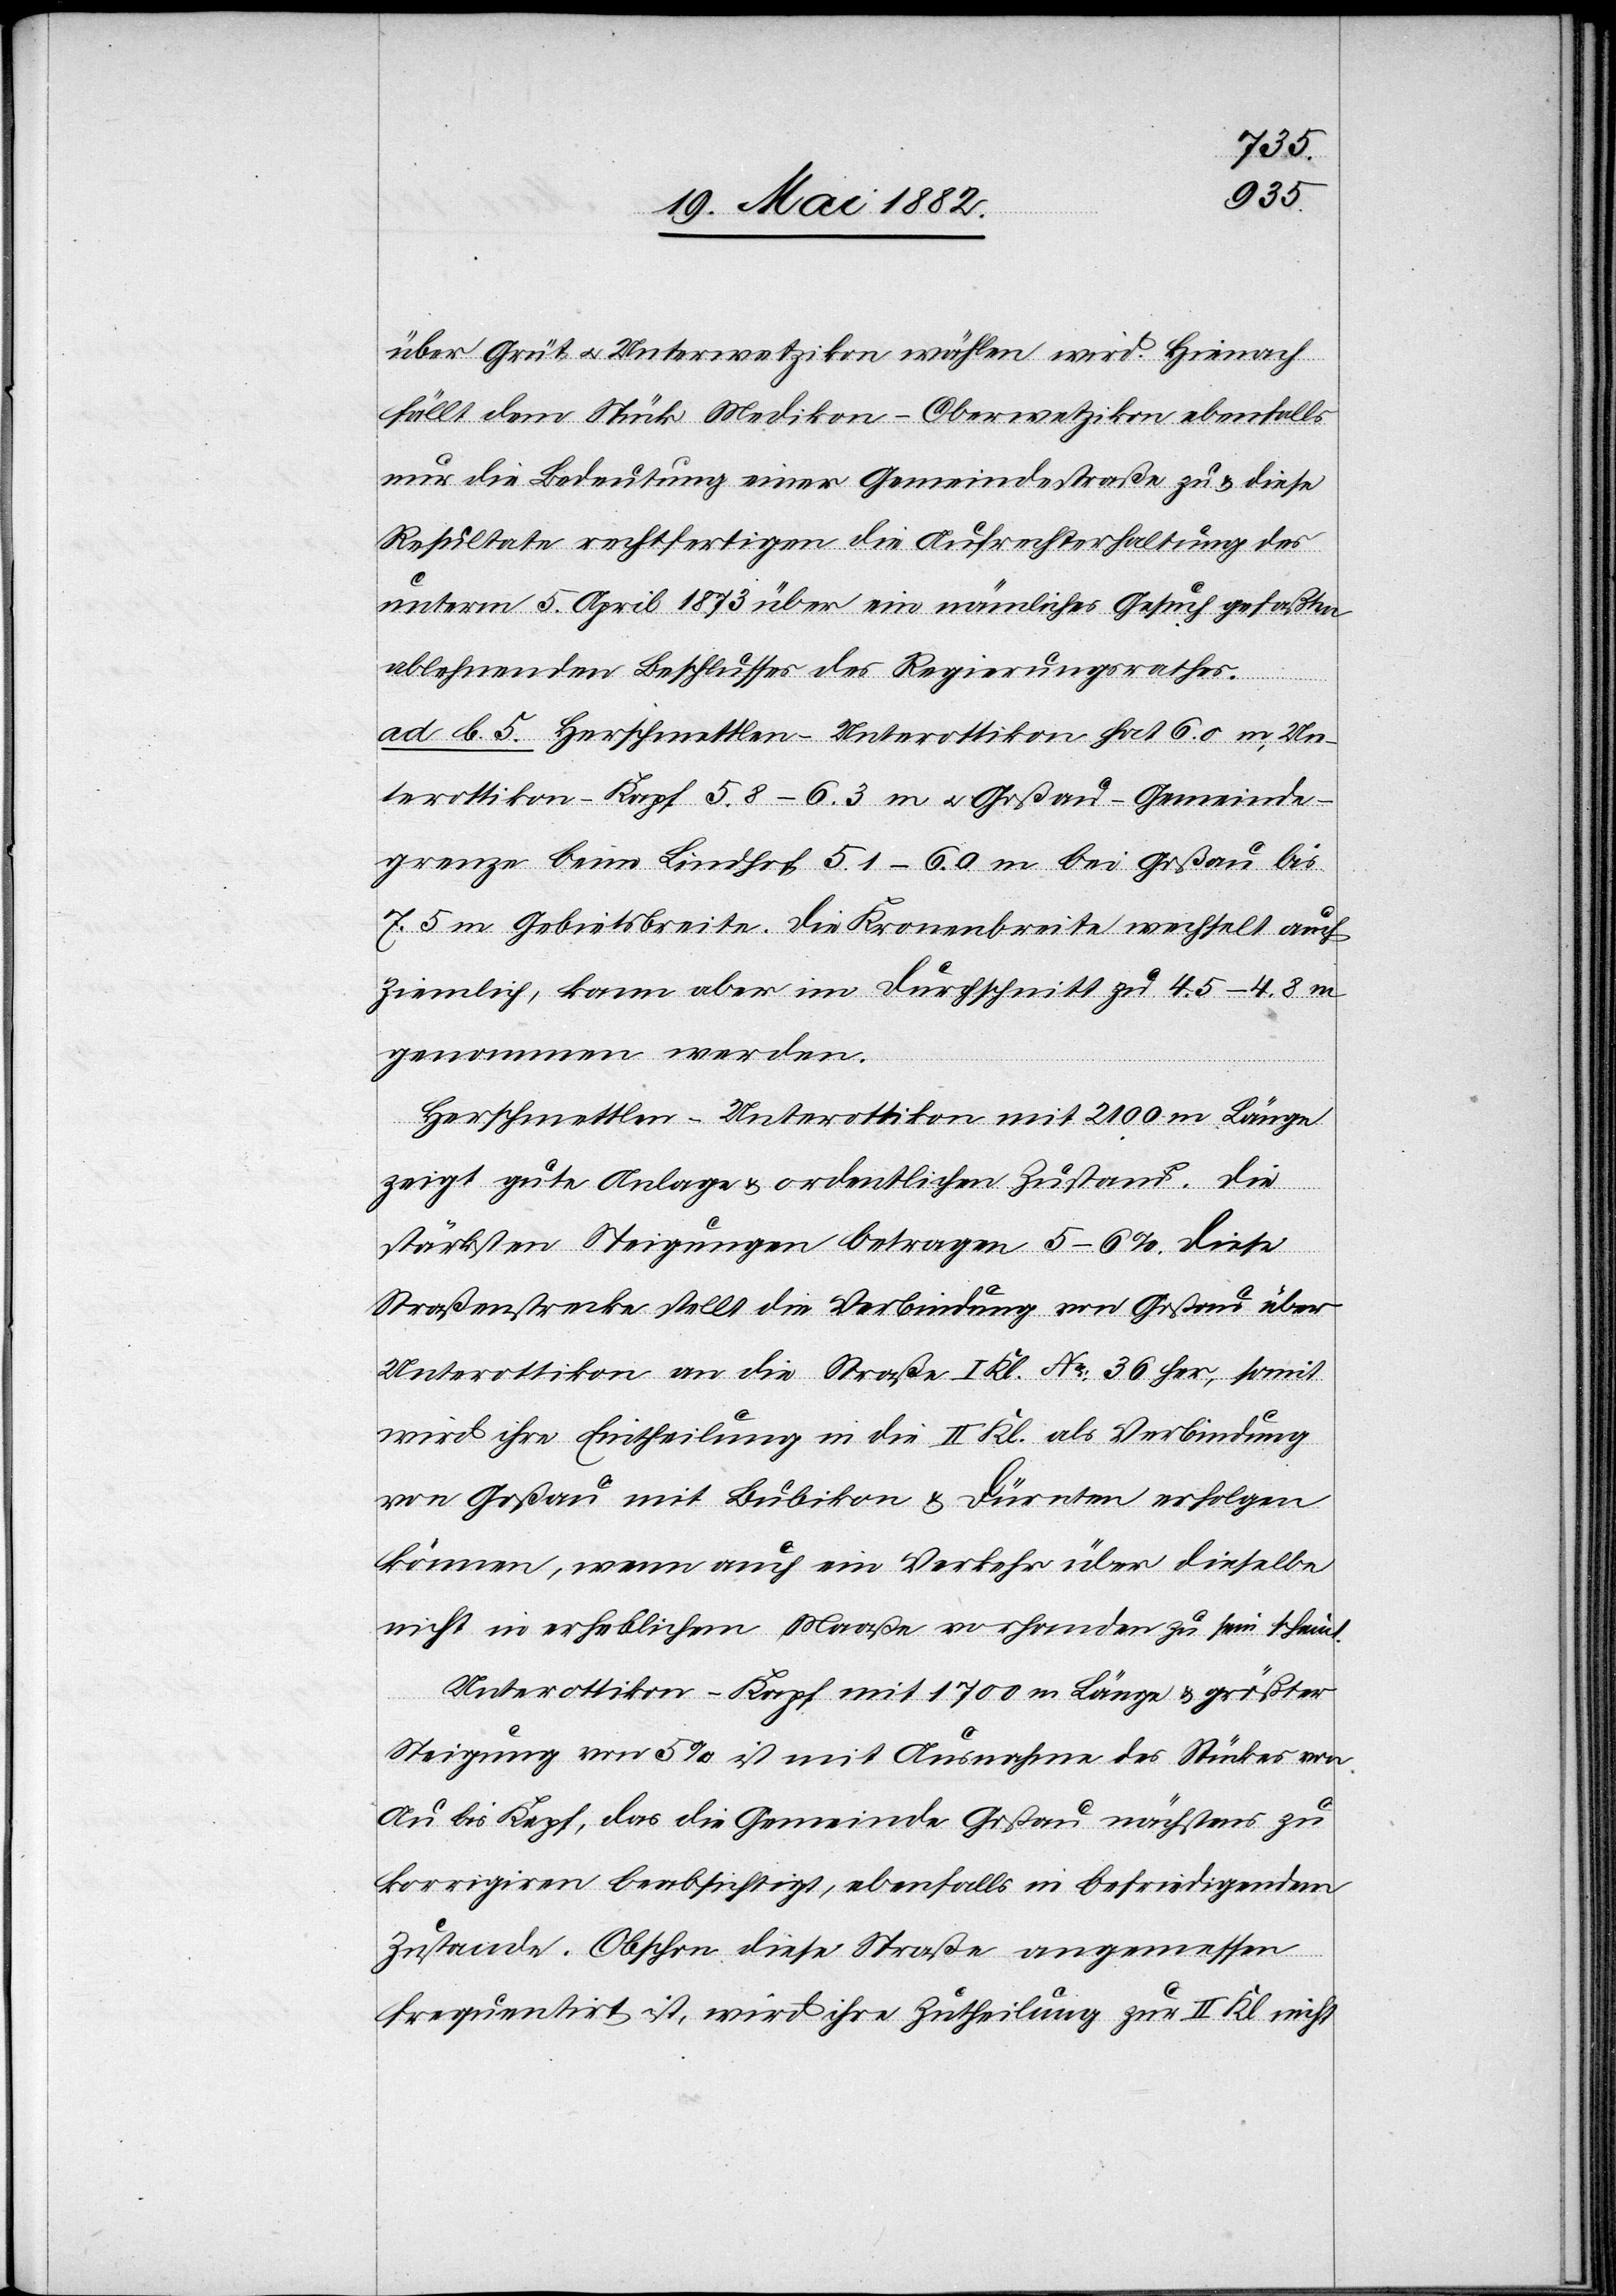
über Grüt u. Unterwetzikon wählen wird. Hienach
fällt dem Stück Medikon–Oberwetzikon ebenfalls
nur die Bedeutung einer Gemeindestraße zu & diese
Resultate rechtfertigen die Aufrechterhaltung des
unterm 5. April 1873 über ein nämliches Gesuch gefaßten
ablehnenden Beschlusses des Regierungsrathes.
ad b. 5. Herschmettlen–Unterottikon hat 6.0 m, Un¬
terottikon–Kapf 5.8–6.3 m u. Goßau–Gemeinde¬
grenze beim Lindhof 5.1–6.0 m bei Goßau bis
7.5 m Gebietsbreite. Die Kronenbreite wechselt auch
ziemlich, kann aber im Durchschnitt zu 4.5–4.8 m
genommen werden.
Herschmettlen–Unterottikon mit 2100 m Länge
zeigt gute Anlage & ordentlichen Zustand. Die
stärksten Steigungen betragen 5–6%. Diese
Straßenstrecke stellt die Verbindung von Goßau über
Unterottikon an die Straße I. Kl. No 36 her, somit
wird ihre Eintheilung in die II. Kl. als Verbindung
von Goßau mit Bubikon & Dürnten erfolgen
können, wenn auch ein Verkehr über dieselbe
nicht in erheblichem Maaße vorhanden zu sein scheint.
Unterottikon–Kapf mit 1700 m Länge & größter
Steigung von 5% ist mit Ausnahme des Stückes von
Au bis Kapf, das die Gemeinde Goßau nächstens zu
korrigiren beabsichtigt, ebenfalls in befriedigendem
Zustande. Obschon diese Straße angemessen
frequentirt ist, wird ihr Zutheilung zur II. Kl. nicht